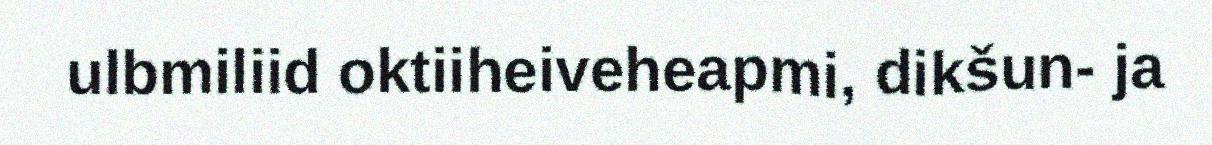
ulbmiliid oktiiheiveheapmi, dikšun- ja